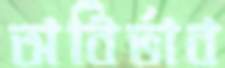
অবির্ভাব